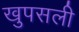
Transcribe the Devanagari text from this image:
खुपसली